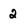
Character: 2